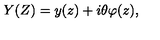
Y ( Z ) = y ( z ) + i \theta \varphi ( z ) ,